Source: Computer-generated
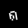
Digit: ၈ (8)